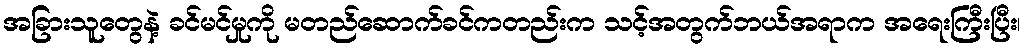
အခြားသူတွေနဲ့ ခင်မင်မှုကို မတည်ဆောက်ခင်ကတည်းက သင့်အတွက်ဘယ်အရာက အရေးကြီးပြီး၊